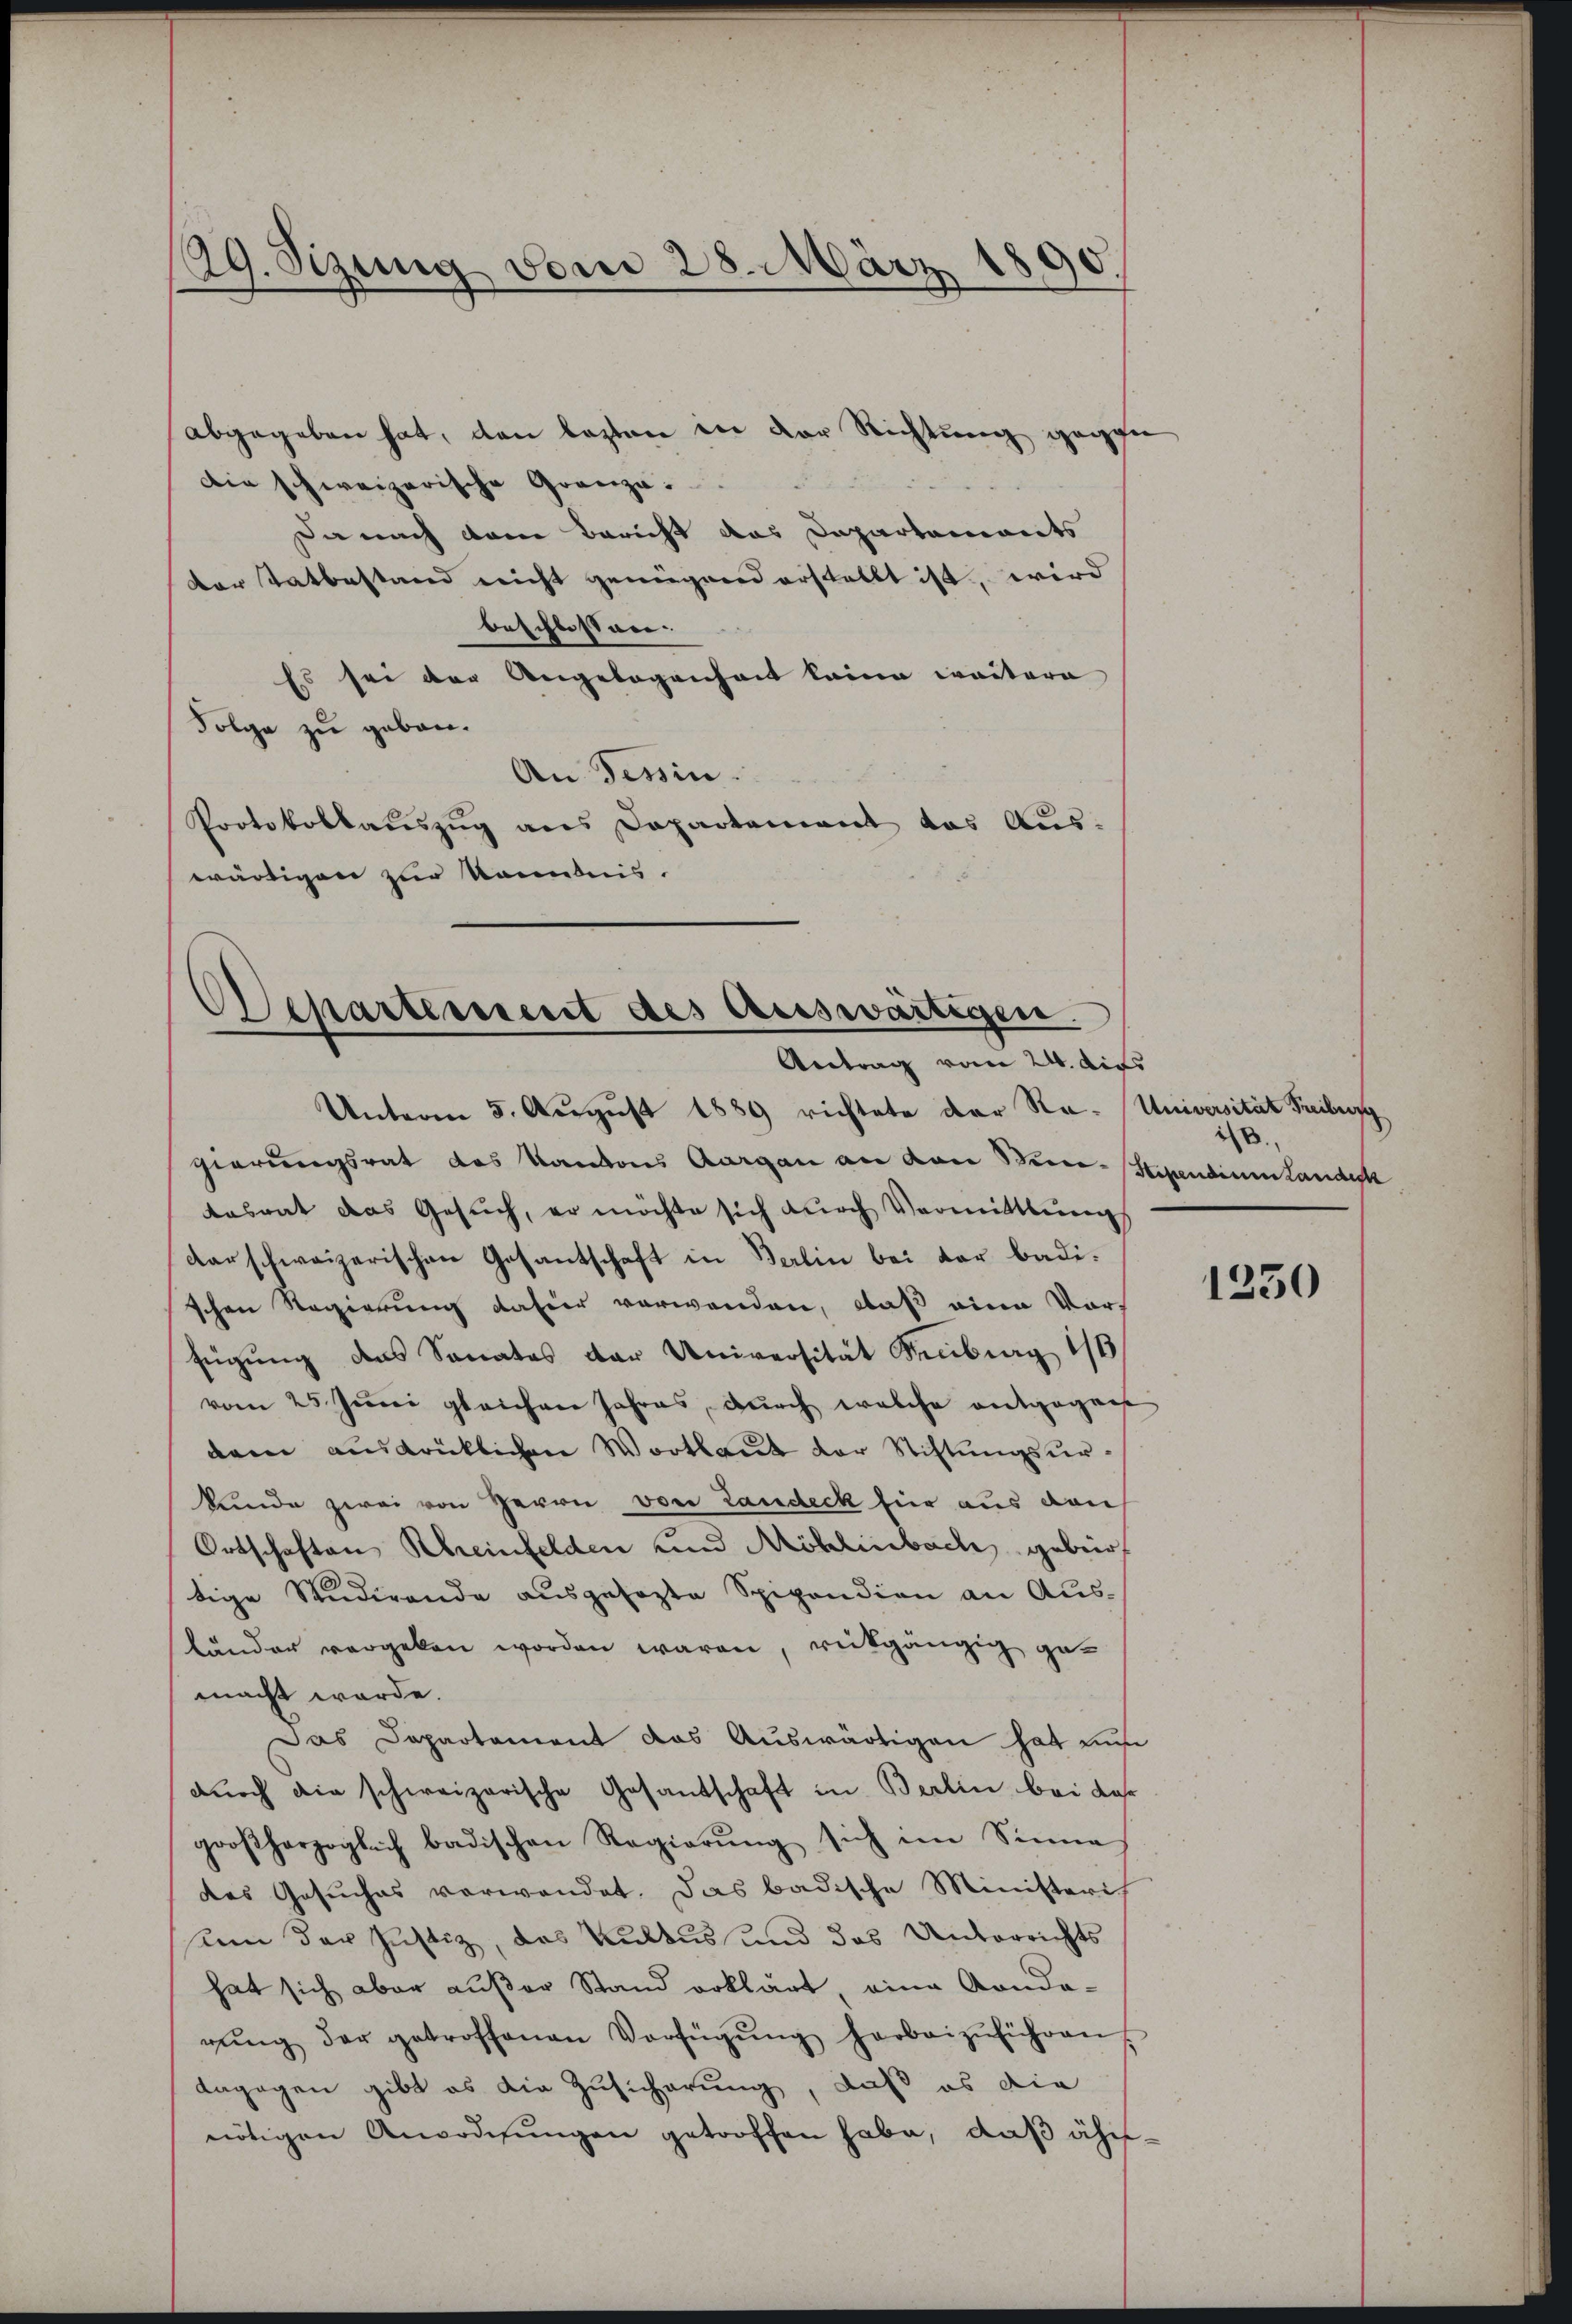
29. Sizung vom 28. März 1890.

abgegeben hat, den lezten in der Richtung gegen
Die schweizerische Grenza-
Da nach dann Bericht das Departements
der Tatbestand nicht genügend erstellt ist, wird
beschlossen.
Es sei der Angelegenheit keine weitere
Folge zu gebau.
An Tessin.
Protokollaŭszŭg ans Departement das Aŭs-
wärtigen zur kanntnis.

Departement des Auswärtigen.
Antrag vom 24. Aufs

Unterm 5. August 1889 richtete der Ra-Universität Freiburg
gierungsrat des Kantons Aargau an den Bier-Stipendium Landesk
tosrat das Gesŭch, er möchte sich durch Vermittlungs
darschweizerischen Gesantschaft in Berlin bei der badischen Regierung dahier verwenden, daß eine Vor-
fügung des Sonates der Universität Kiburg 16
vom 25. Juni gleichen Jahres, durch welche entgegen
dem ausdrücklichen Wortlaut der Stiftungsurkunde zwei von Herrn von Landeck für aus dan
Ortschaften Rheinfelden und Möhlinbach gebürt
tige Studirende ausgesagte Spipendion an Ausländer vergeben worden waren, rückgängig gemacht werde.
Das Departament das Auswärtigen hat uns
durch die schweizerische Gesandschaft in Berlin bei Jahr
großherzoglich badischen Regierŭng sich im Sinne
des Gesuches verwendet. Das badische Ministerich
sein der Justiz, das Kultus und das Unterrichts
hat sich aber außer Stand erklärt, eine Konda-
rŭng der getroffenen Verfügŭng herbeizŭführen
dagegen gibt es die Zusicherung, daß es die
nötigen Anordnungen getroffen habe, daß ähn-

.

1250